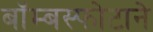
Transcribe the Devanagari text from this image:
बॉम्बस्फोटाने